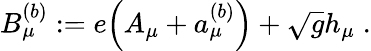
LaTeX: B_{\mu}^{(b)}:=e\Big(A_{\mu}+a_{\mu}^{(b)}\Big)+\sqrt{g}h_{\mu}\; .